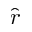
\hat { r }